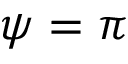
\psi = \pi